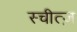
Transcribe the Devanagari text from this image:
स्चीत्ज़